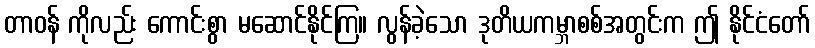
တာဝန် ကိုလည်း ကောင်းစွာ မဆောင်နိုင်ကြ။ လွန်ခဲ့သော ဒုတိယကမ္ဘာစစ်အတွင်းက ဤ နိုင်ငံတော်